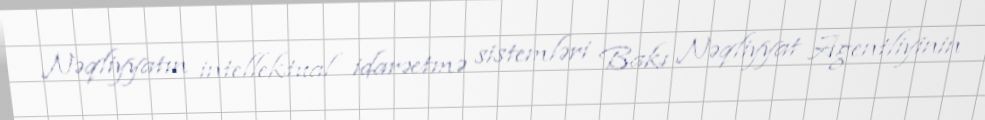
Nəqliyyatın intellektual idarəetmə sistemləri Bakı Nəqliyyat Agentliyinin